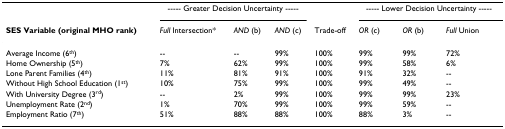
|  | <COLSPAN=3> ----- Greater Decision Uncertainty ----- |  | <COLSPAN=3> ----- Lower Decision Uncertainty ----- |
 | SES Variable (original MHO rank) | Full Intersection* | AND (b) | AND (c) | Trade-off | OR (c) | OR (b) | Full Union |
 | --- | --- | --- | --- | --- | --- | --- | --- |
 | Average Income (6th) | -- | -- | 99% | 100% | 99% | 99% | 72% |
 | Home Ownership (5th) | 7% | 62% | 99% | 100% | 99% | 58% | 6% |
 | Lone Parent Families (4th) | 11% | 81% | 91% | 100% | 91% | 32% | -- |
 | Without High School Education (1st) | 10% | 75% | 99% | 100% | 99% | 49% | -- |
 | With University Degree (3rd) | -- | 2% | 99% | 100% | 99% | 99% | 23% |
 | Unemployment Rate (2nd) | 1% | 70% | 99% | 100% | 99% | 59% | -- |
 | Employment Ratio (7th) | 51% | 88% | 88% | 100% | 88% | 3% | -- |